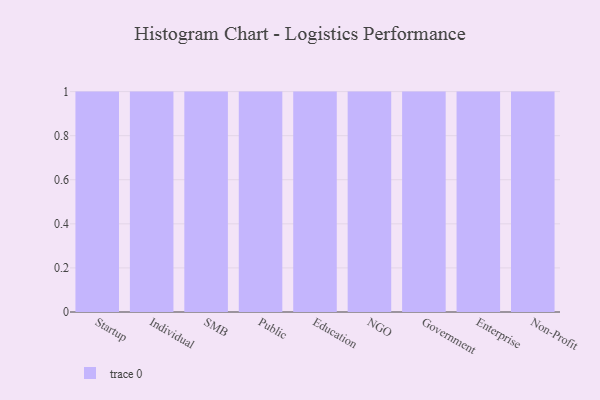
{"axis": {"x": "Segment", "y": "Tickets Resolved"}, "legend": [""], "data": [{"x": "Startup", "y": 32, "type": ""}, {"x": "Individual", "y": 66, "type": ""}, {"x": "SMB", "y": 58, "type": ""}, {"x": "Public", "y": 99, "type": ""}, {"x": "Education", "y": 11, "type": ""}, {"x": "NGO", "y": 83, "type": ""}, {"x": "Government", "y": 60, "type": ""}, {"x": "Enterprise", "y": 71, "type": ""}, {"x": "Non-Profit", "y": 65, "type": ""}]}